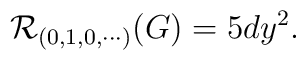
{\cal R}_{(0,1,0,\cdots)}(G)=5 d y^2.